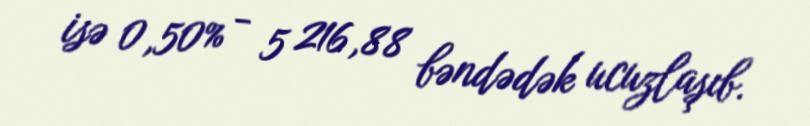
isə 0,50% - 5 216,88 bəndədək ucuzlaşıb.